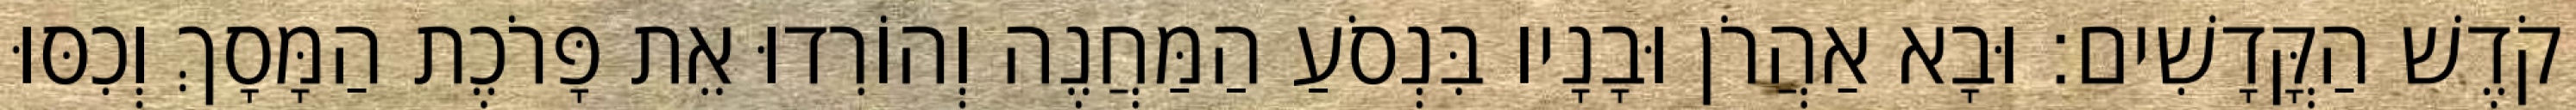
קֹדֶשׁ הַקֳּדָשִׁים׃ וּבָא אַהֲרֹן וּבָנָיו בִּנְסֹעַ הַמַּחֲנֶה וְהוֹרִדוּ אֵת פָּרֹכֶת הַמָּסָךְ וְכִסּוּ